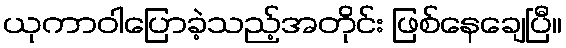
ယုကာဝါပြောခဲ့သည့်အတိုင်း ဖြစ်နေချေပြီ။